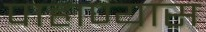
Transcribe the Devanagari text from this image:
पाहाण्यास